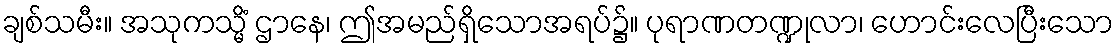
ချစ်သမီး။ အသုကသ္မိံ ဌာနေ၊ ဤအမည်ရှိသောအရပ်၌။ ပုရာဏတဏ္ဍုလာ၊ ဟောင်းလေပြီးသော